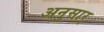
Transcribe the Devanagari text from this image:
अनुसार्